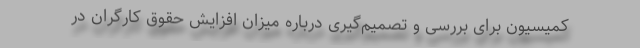
کمیسیون برای بررسی و تصمیم‌گیری درباره میزان افزایش حقوق کارگران در